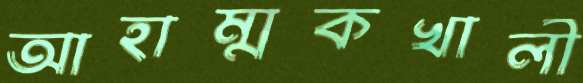
আহাম্মকখালী